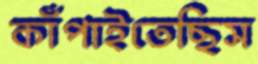
কাঁপাইতেছিস